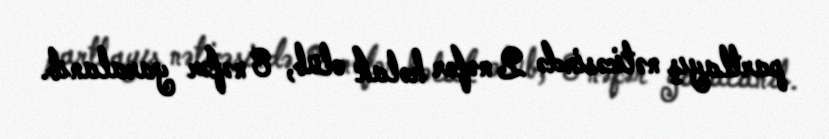
partlayış nəticəsində 2 nəfər həlak olub, 8 nəfər yaralanıb.